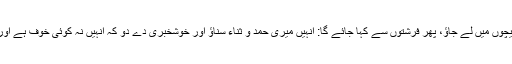
انہیں خوشبودار باغیچوں میں لے جاؤ، پھر فرشتوں سے کہا جائے گا: انہیں میری حمد و ثناء سناؤ اور خوشخبری دے دو کہ انہیں نہ کوئی خوف ہے اور نہ کوئی غم ہو گا۔